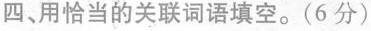
四、用恰当的关联词语填空。(6分)